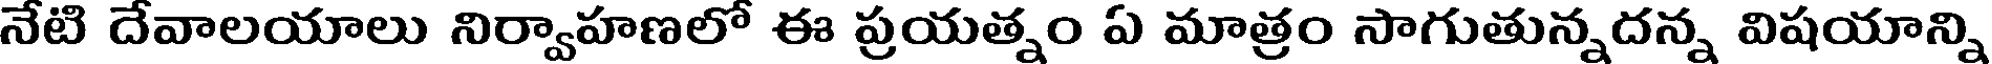
నేటి దేవాలయాలు నిర్వాహణలో ఈ ప్రయత్నం ఏ మాత్రం సాగుతున్నదన్న విషయాన్ని